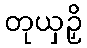
တုယှဉှိ